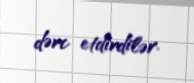
dərc etdirdilər.